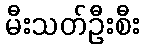
မီးသတ်ဦးစီး